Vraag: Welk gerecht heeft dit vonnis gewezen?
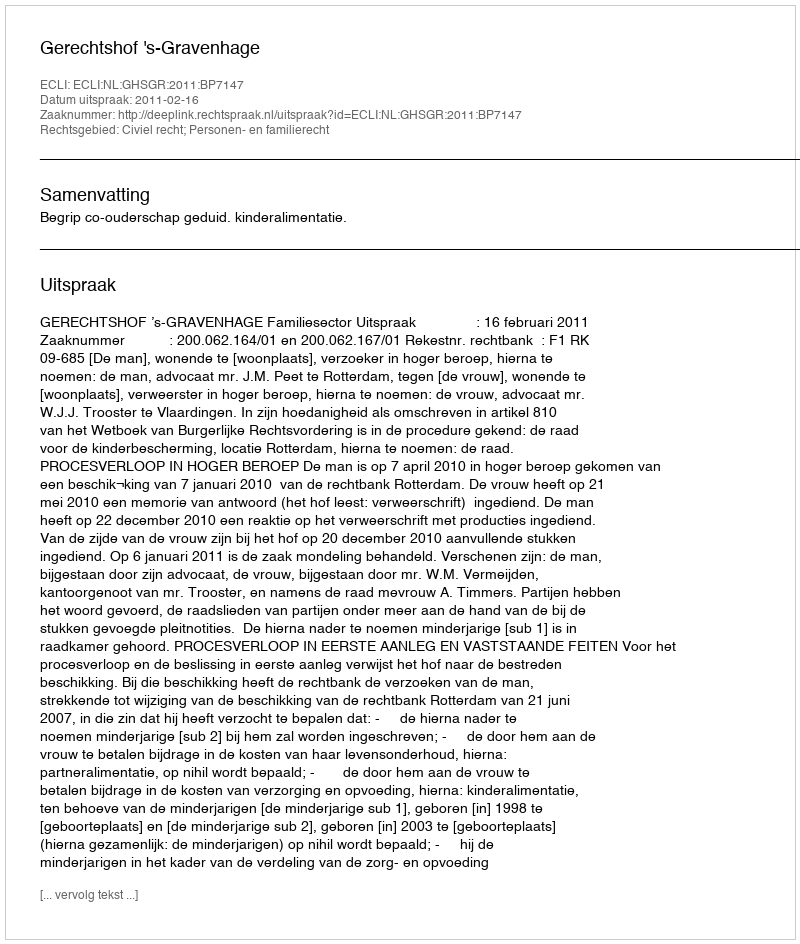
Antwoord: Gerechtshof 's-Gravenhage